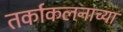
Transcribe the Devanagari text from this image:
तर्काकलनाच्या